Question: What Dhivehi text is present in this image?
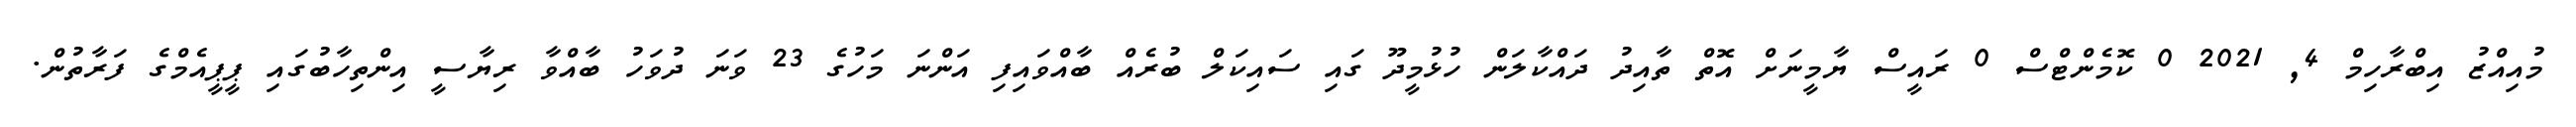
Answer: މުއިއްޒު އިބްރާހިމް 4, 2021 0 ކޮމެންޓްސް 0 ރައީސް ޔާމީނަށް އޮތް ތާއިދު ދައްކާލަން ހުޅުމީދޫ ގައި ސައިކަލް ބުރެއް ބާއްވައިފި އަންނަ މަހުގެ 23 ވަނަ ދުވަހު ބާއްވާ ރިޔާސީ އިންތިހާބުގައި ޕީޕީއެމްގެ ފަރާތުން.